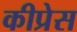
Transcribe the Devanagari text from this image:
कीप्रेस